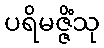
ပရိမဇ္ဇိံသု